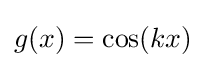
{\textstyle g(x)=\cos(kx)}